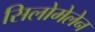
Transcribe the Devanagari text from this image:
सिलोमेलेन